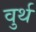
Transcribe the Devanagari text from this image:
वुर्थ